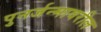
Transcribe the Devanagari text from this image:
पुनर्जन्मावरील